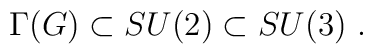
\Gamma(G)\subset SU(2)\subset SU(3) \ .